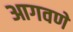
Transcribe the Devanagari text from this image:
आगवणे